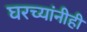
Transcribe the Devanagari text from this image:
घरच्यांनीही